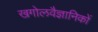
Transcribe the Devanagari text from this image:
खगोलवैज्ञानिकों